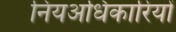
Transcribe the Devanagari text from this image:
नियअधिकारियों